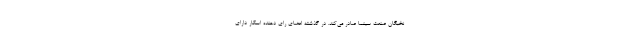
نخبگان صنعت سینما صادر می‌کند. در گذشته اعضای رای دهنده اسکار دارای